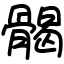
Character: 𩩲